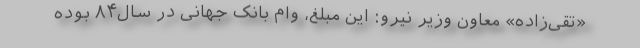
«تقی‌زاده» معاون وزیر نیرو: این مبلغ، وام بانک جهانی در سال۸۴ بوده